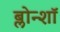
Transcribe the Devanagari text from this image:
ब्लोन्शॉ